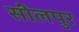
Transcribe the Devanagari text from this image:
सीलपुर